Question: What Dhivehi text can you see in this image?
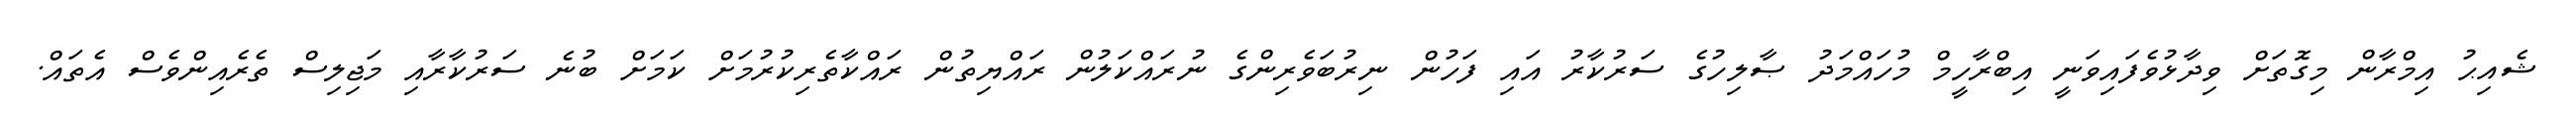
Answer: ޝެއިޙު އިމްރާން މިގޮތަށް ވިދާޅުވެފައިވަނީ އިބްރާހީމް މުހައްމަދު ޞާލިހުގެ ސަރުކާރު އައި ފަހުން ނިރުބަވެރިންގެ ނުރައްކަލުން ރައްޔިތުން ރައްކާތެރިކުރުމަށް ކަމަށް ބުނެ ސަރުކާރާއި މަޖިލިސް ތެރެއިންވެސް އެތައް.